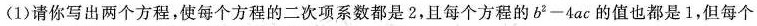
(1)请你写出两个方程，使每个方程的二次项系数都是2，且每个方程的$$b^{2}-4ac$$的值也都是1，但每个